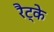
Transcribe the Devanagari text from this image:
रैट्के